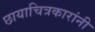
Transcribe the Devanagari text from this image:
छायाचित्रकारांनी